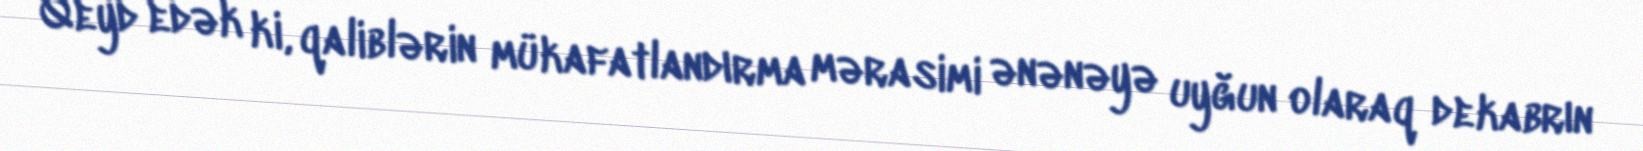
Qeyd edək ki, qaliblərin mükafatlandırma mərasimi ənənəyə uyğun olaraq dekabrın